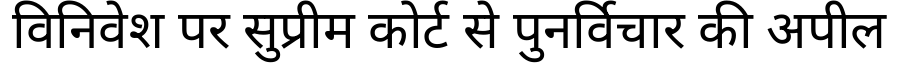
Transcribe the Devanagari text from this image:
विनिवेश पर सुप्रीम कोर्ट से पुनर्विचार की अपील